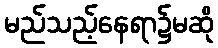
မည်သည့်နေရာ၌မဆို